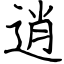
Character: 逍